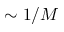
\sim 1 / M